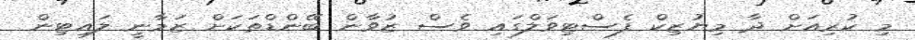
މި ކުރިއަށް ދާ މިޔުޒިކް ފެސްޓިވަލްގައި ވެސް ޒުވާން ބޭންޑްތަކަށް ޒަމާނީ ލައިޓިން